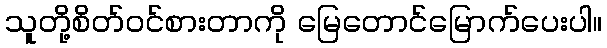
သူတို့စိတ်ဝင်စားတာကို မြေတောင်မြောက်ပေးပါ။